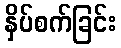
နှိပ်စက်ခြင်း